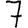
Digit: 7